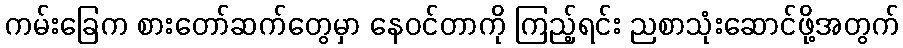
ကမ်းခြေက စားတော်ဆက်တွေမှာ နေဝင်တာကို ကြည့်ရင်း ညစာသုံးဆောင်ဖို့အတွက်